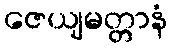
ဇေယျမတ္တာနံ